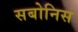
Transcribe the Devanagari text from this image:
सबोनिस